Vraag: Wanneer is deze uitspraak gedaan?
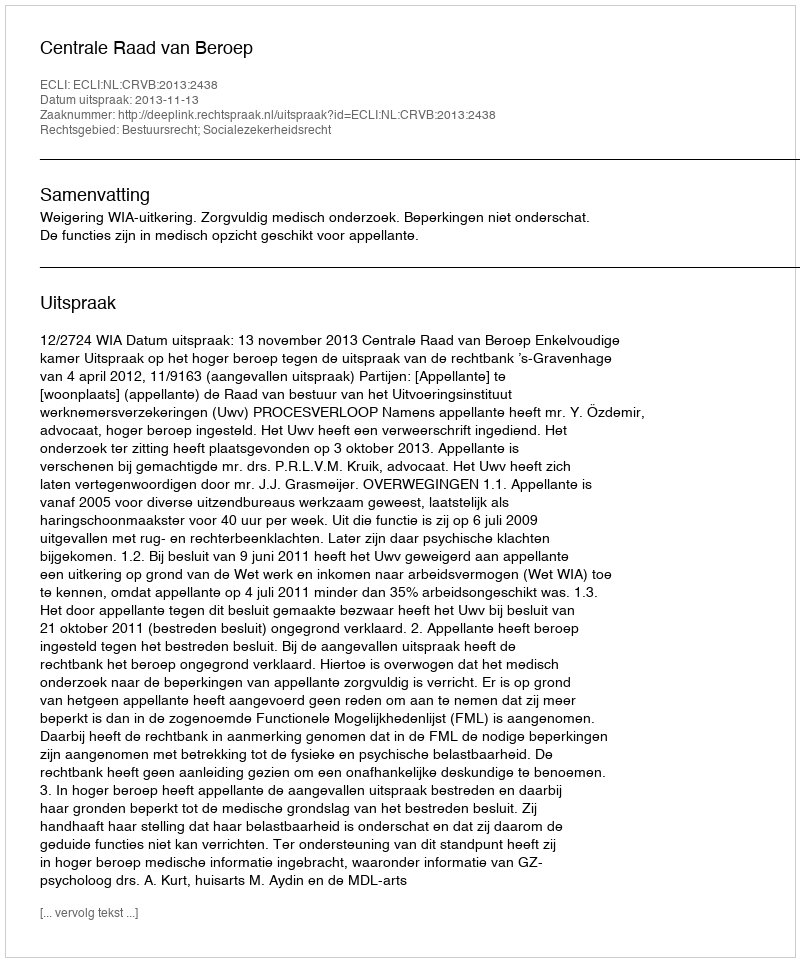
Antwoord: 2013-11-13